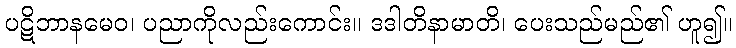
ပဋိဘာနမေဝ၊ ပညာကိုလည်းကောင်း။ ဒဒါတိနာမာတိ၊ ပေးသည်မည်၏ ဟူ၍။